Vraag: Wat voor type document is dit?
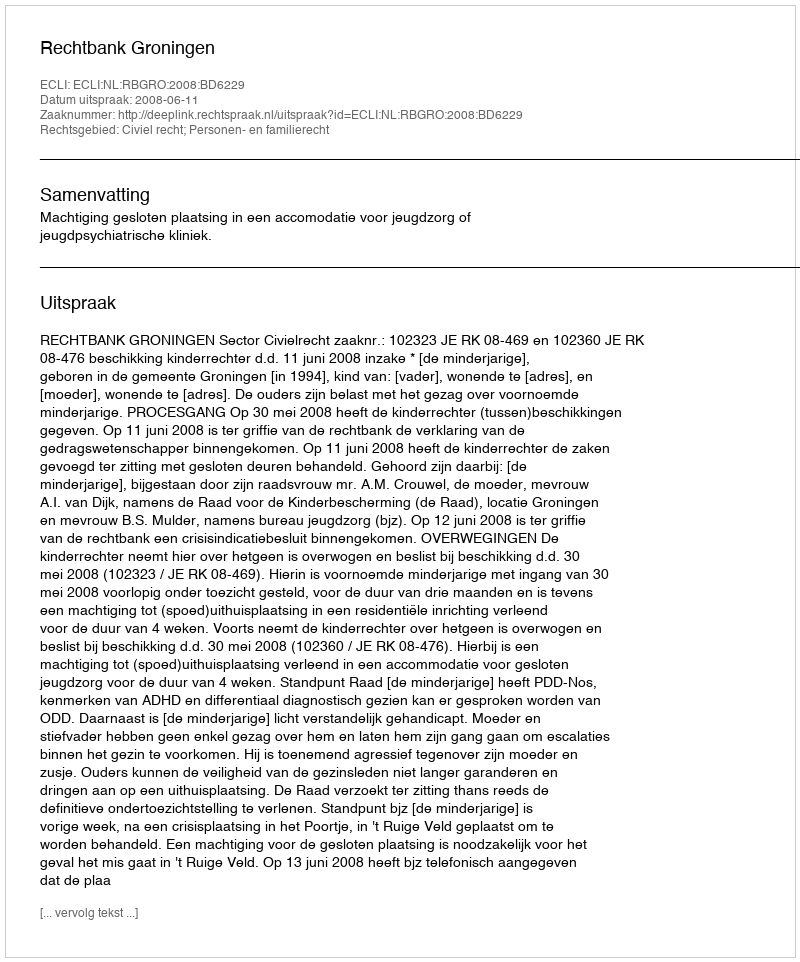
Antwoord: Uitspraak